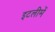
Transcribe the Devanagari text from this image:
इटलीमें